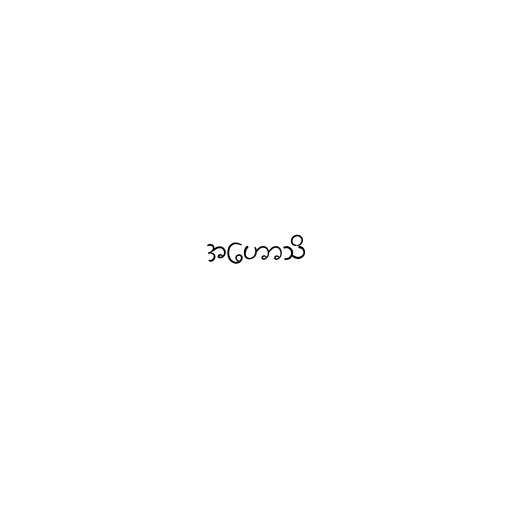
အဟောသိ